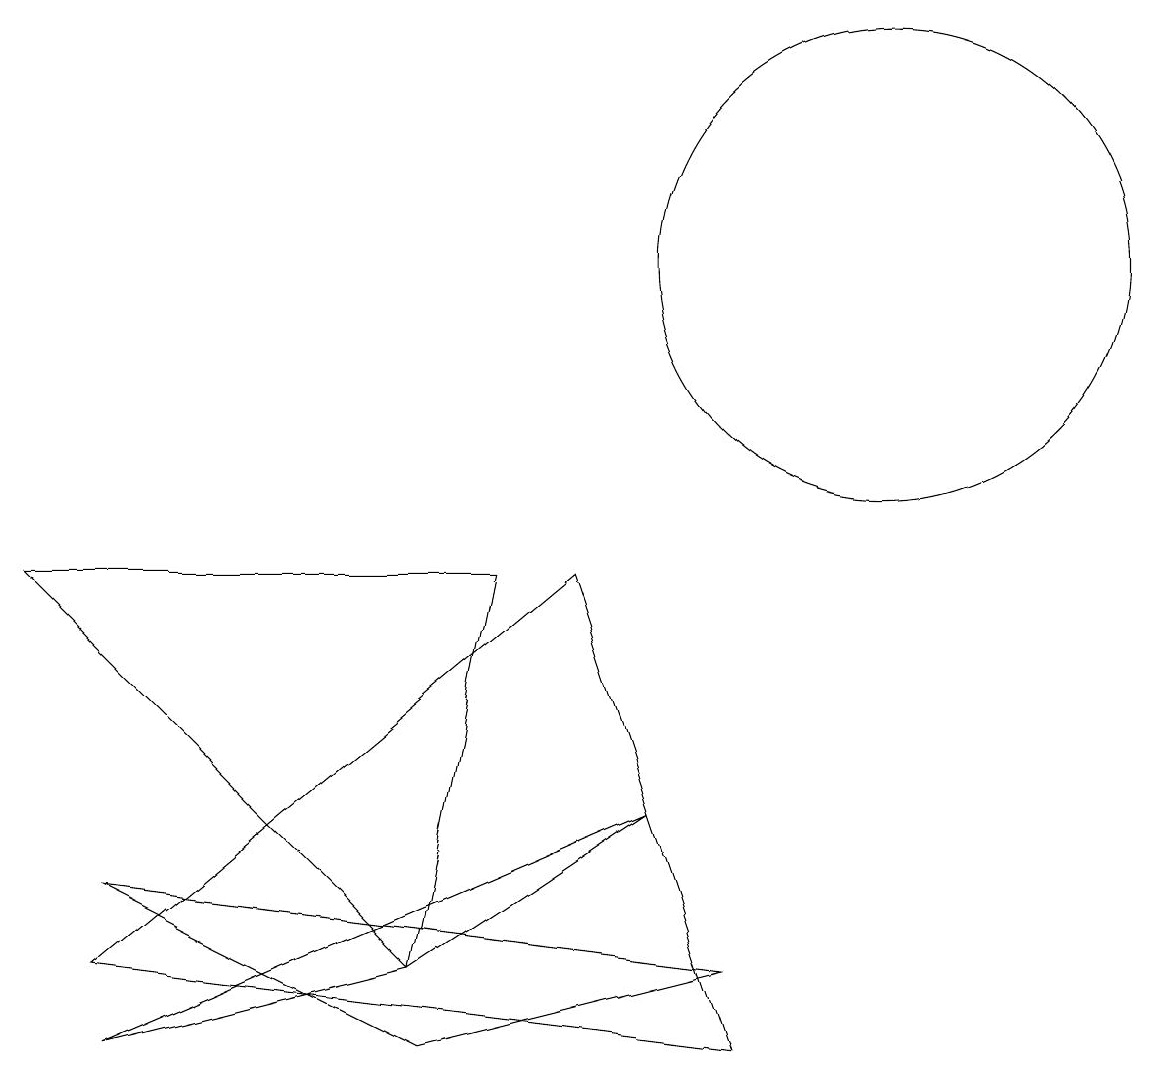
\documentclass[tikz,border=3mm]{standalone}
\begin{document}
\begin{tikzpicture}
\draw (1,0) -- (5,1) -- (8,3) -- cycle;
\draw (1,2) -- (9,1) -- (5,0) -- cycle;
\draw (0,6) -- (6,6) -- (5,1) -- cycle;
\draw (11,10) circle (3);
\draw (1,1) -- (9,0) -- (7,6) -- cycle;
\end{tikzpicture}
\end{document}